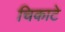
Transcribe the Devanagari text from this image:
चिकाटे